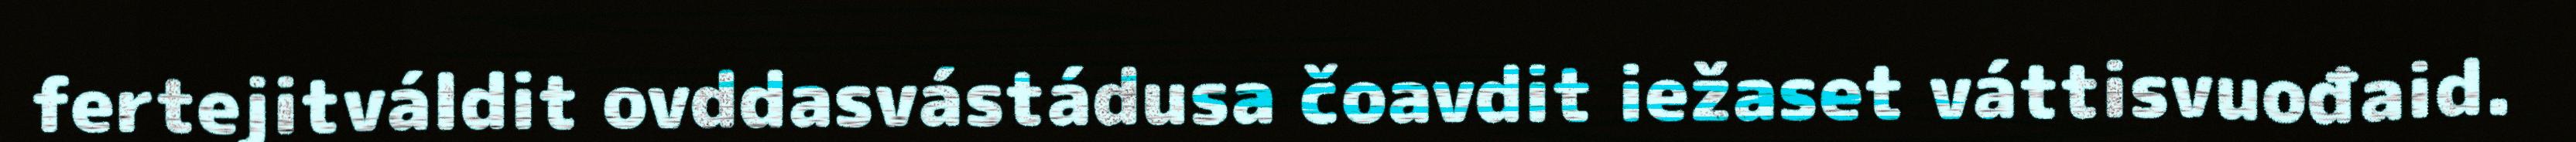
fertejitváldit ovddasvástádusa čoavdit iežaset váttisvuođaid.